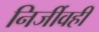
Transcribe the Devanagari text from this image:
निर्जीवही